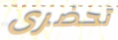
تحضرى